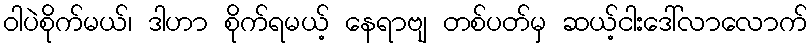
ဝါပဲစိုက်မယ်၊ ဒါဟာ စိုက်ရမယ့် နေရာဗျ တစ်ပတ်မှ ဆယ့်ငါးဒေါ်လာလောက်